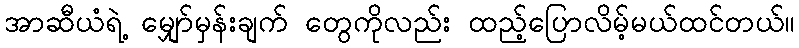
အာဆီယံရဲ့ မျှော်မှန်းချက် တွေကိုလည်း ထည့်ပြောလိမ့်မယ်ထင်တယ်။